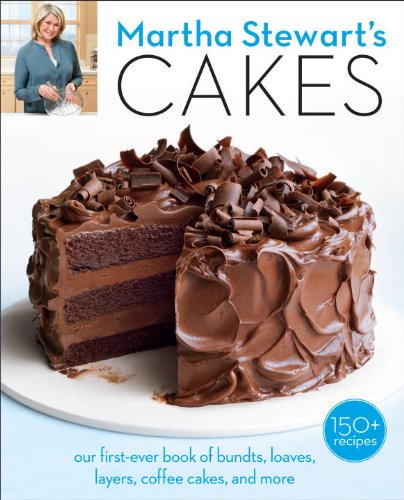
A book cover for Martha Stewart's Cakes: Our First-Ever Book of Bundts, Loaves, Layers, Coffee Cakes, and more; Editors of Martha Stewart Living; Cookbooks, Food & Wine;